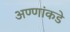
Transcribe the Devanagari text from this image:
अण्णांकडे